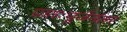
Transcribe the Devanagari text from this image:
प्रातःपूजेनंतर